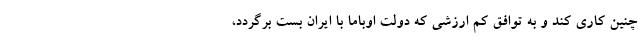
چنین کاری کند و به توافق کم ارزشی که دولت اوباما با ایران بست برگردد،